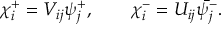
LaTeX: \chi _ { i } ^ { + } = V _ { i j } \psi _ { j } ^ { + } , \qquad \chi _ { i } ^ { - } = U _ { i j } \bar { \psi _ { j } ^ { - } } .